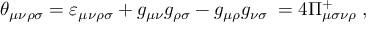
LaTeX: \theta _ { \mu \nu \rho \sigma } = \varepsilon _ { \mu \nu \rho \sigma } + g _ { \mu \nu } g _ { \rho \sigma } - g _ { \mu \rho } g _ { \nu \sigma } \; = 4 \Pi _ { \mu \sigma \nu \rho } ^ { + } \; ,